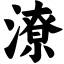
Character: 潦